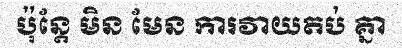
ប៉ុន្តែ មិន មែន ការវាយតប់ គ្នា